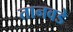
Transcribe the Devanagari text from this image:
तानवडे